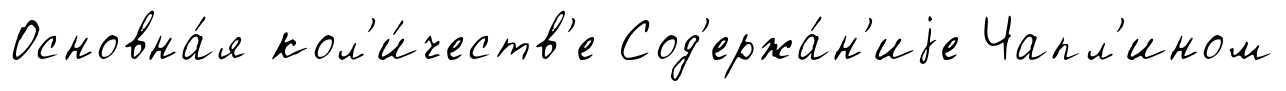
Основна́я кол'и́честв'е Сод'ержа́н'иjе Чапл'ином